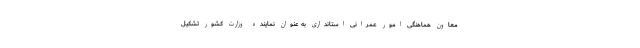
معاون هماهنگی امور عمرانی استانداری به عنوان نماینده وزارت کشور تشکیل